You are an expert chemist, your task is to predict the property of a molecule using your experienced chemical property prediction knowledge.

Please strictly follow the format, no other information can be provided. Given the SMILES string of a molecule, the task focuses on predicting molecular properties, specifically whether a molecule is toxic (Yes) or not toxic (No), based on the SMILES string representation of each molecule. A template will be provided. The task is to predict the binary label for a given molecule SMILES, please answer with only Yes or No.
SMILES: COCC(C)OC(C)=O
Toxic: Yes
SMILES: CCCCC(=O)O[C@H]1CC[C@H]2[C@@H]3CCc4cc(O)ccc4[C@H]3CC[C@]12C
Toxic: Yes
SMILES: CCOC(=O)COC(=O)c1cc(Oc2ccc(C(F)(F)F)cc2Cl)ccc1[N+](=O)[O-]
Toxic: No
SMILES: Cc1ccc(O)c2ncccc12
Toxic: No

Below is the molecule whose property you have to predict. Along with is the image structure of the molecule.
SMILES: O=C1NCCN1CCO
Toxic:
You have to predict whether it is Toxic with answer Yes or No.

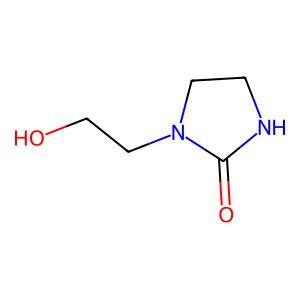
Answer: No